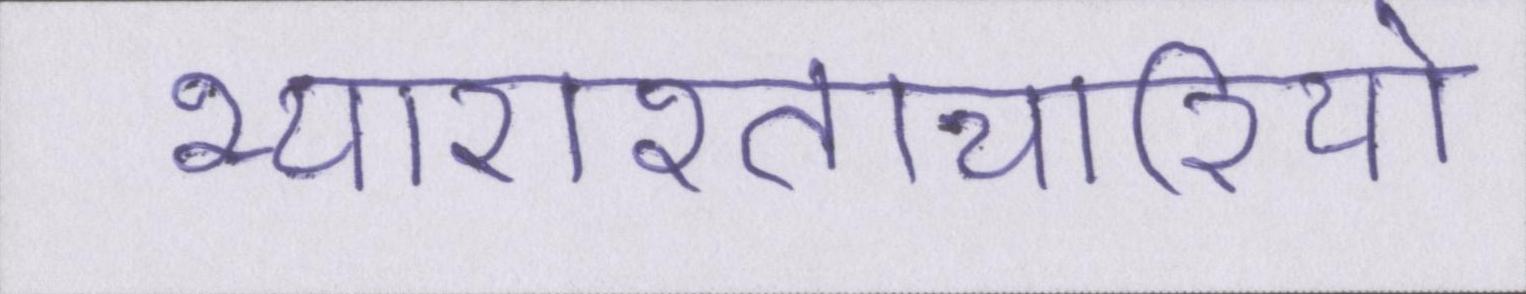
भ्याराश्ताचारियो